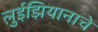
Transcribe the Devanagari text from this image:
लुईझियानाचे